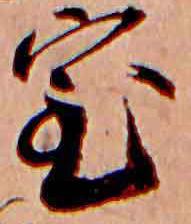
室